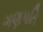
ગણપતિ